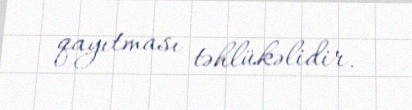
qayıtması təhlükəlidir.